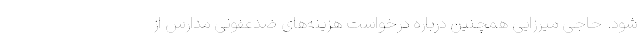
شود. حاجی میرزایی همچنین درباره درخواست هزینه‌های ضدعفونی مدارس از